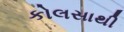
કોલસાથી